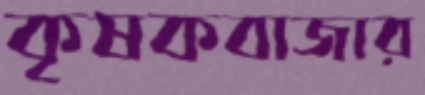
কৃষকবাজার